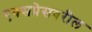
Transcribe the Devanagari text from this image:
एक्सप्रेसवरील